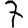
Digit: 7